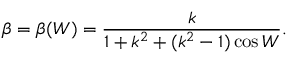
\beta = \beta ( W ) = \frac { k } { 1 + k ^ { 2 } + ( k ^ { 2 } - 1 ) \cos W } .